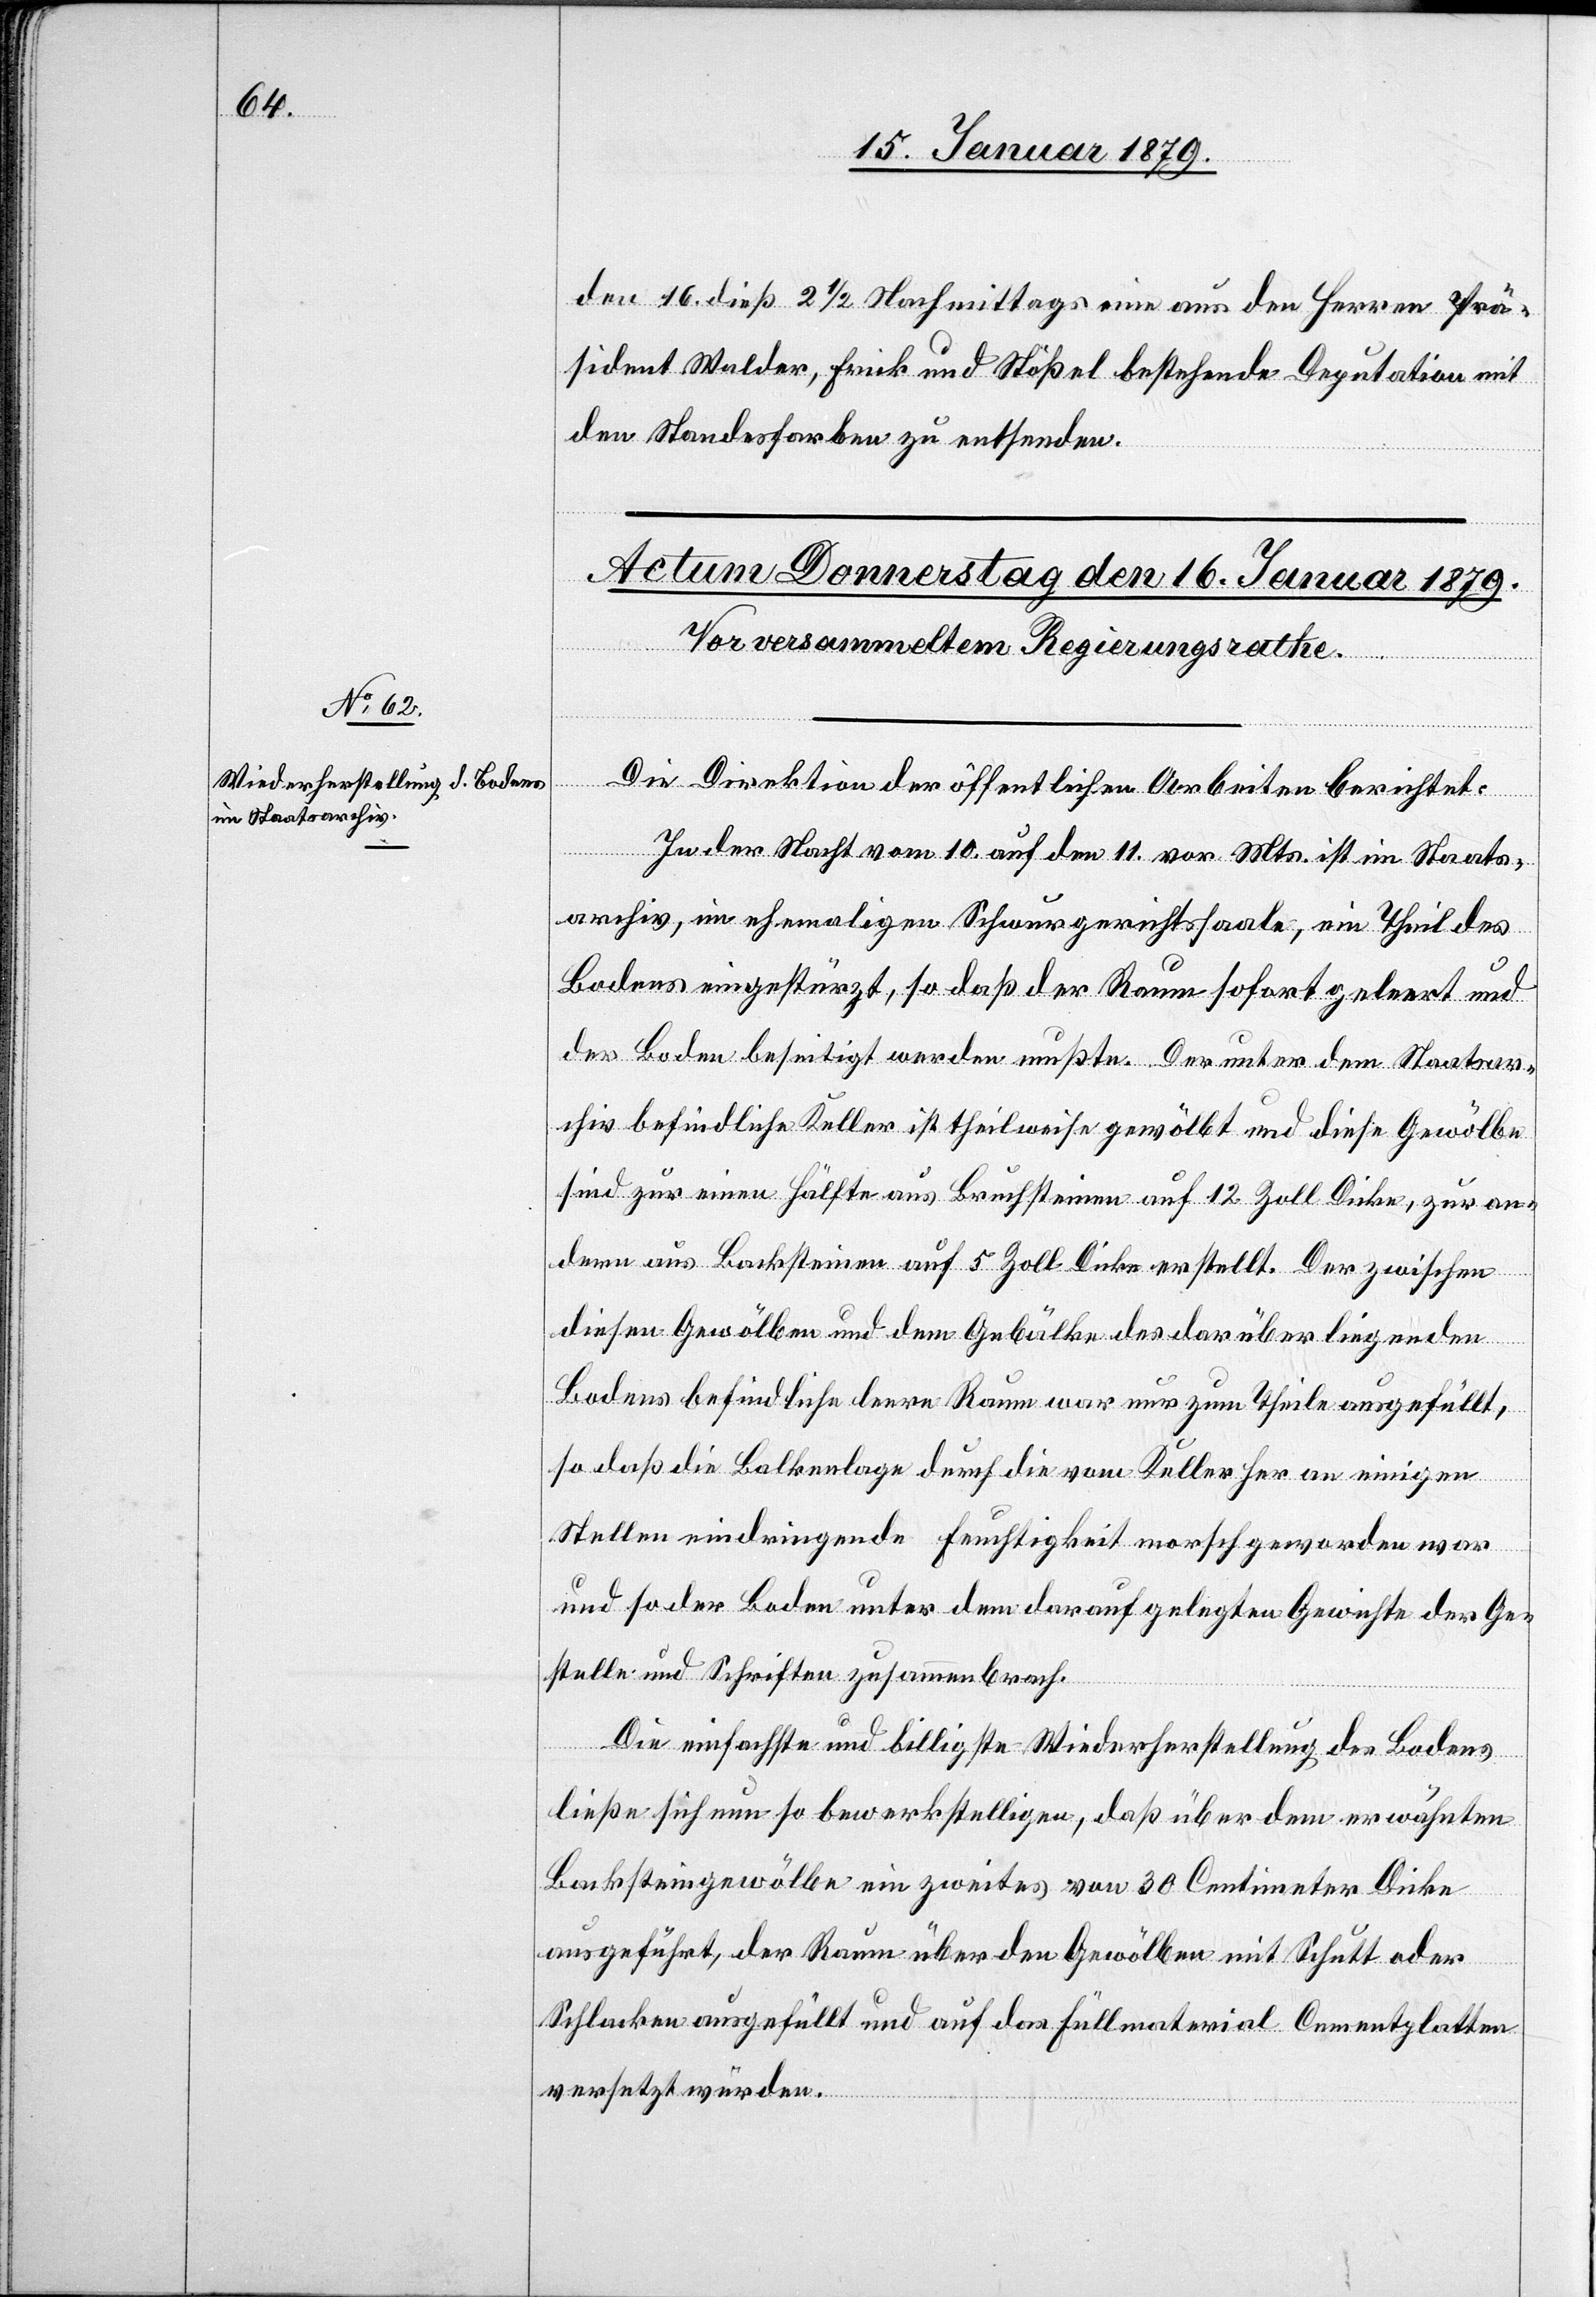
[sic!] dieß 2 1/2 Nachmittags eine aus den Herren Prä¬
sident Walder, Frick und Stößel bestehende Deputation mit
den Standesfarben zu entsenden.
Die Direktion der öffentlichen Arbeiten berichtet:
In der Nacht vom 10. auf den 11. vor. Mts. ist im Staats¬
archiv, im ehemaligen Schwurgerichtssaale, ein Theil des
Bodens eingestürzt, so daß der Raum sofort geleert und
der Boden beseitigt werden mußte. Der unter dem Staatsar¬
chiv befindliche Keller ist theilweise gewölbt und diese Gewölbe
sind zur einen Hälfte aus Bruchsteinen auf 12 Zoll Dicke, zur an¬
dern aus Backsteinen auf 5 Zoll Dicke erstellt. Der zwischen
diesen Gewölben und dem Gebälke des darüber liegenden
Bodens befindliche leere Raum war nur zum Theile ausgefüllt,
so daß die Balkenlage durch die vom Keller her an einigen
16.
Stellen eindringende Feuchtigkeit morsch geworden war
und so der Boden unter dem darauf gelegten Gewichte der Ge¬
stelle und Schriften zusammenbrach.
Die einfachste und billigste Wiederherstellung des Bodens
ließe sich nun so bewerkstelligen, daß über dem erwähnten
Backsteingewölbe ein zweites von 30 Centimeter Dicke
ausgeführt, der Raum über dem Gewölbe mit Schutt oder
Schlacken ausgefüllt und auf dem Füllmaterial Cementplatten
versetzt würden.